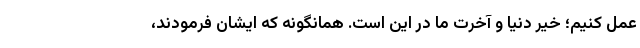
عمل کنیم؛ خیر دنیا و آخرت ما در این است. همانگونه که ایشان فرمودند،